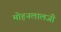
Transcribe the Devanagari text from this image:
मोहनलालजी